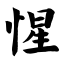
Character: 惺